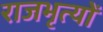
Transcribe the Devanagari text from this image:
राजभृत्यों